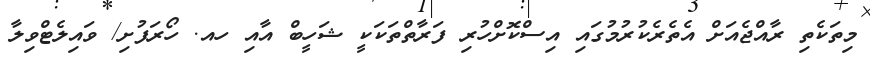
މިތަކެތި ރާއްޖެއަށް އެތެރެކުރުމުގައި އިސްކޮށްހުރި ފަރާތްތަކަކީ ޝަހީބް އާއި ހއ. ހޯރަފުށި/ ވައިލެޓްވިލާ